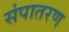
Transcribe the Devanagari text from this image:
संपातरण